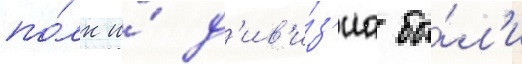
по́лк и́ д'ив'и́з'иа бы́л'и